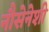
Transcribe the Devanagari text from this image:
नौसेनेशी